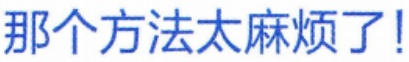
那个方法太麻烦了!